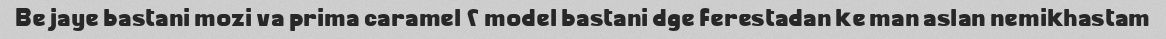
Be jaye bastani mozi va prima caramel ۲ model bastani dge ferestadan ke man aslan nemikhastam